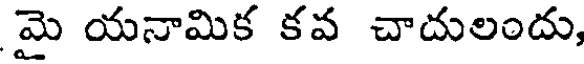
మై యనామిక కవ చాదులందు,